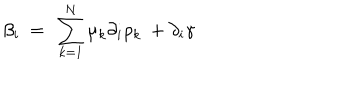
\beta _ { i } \ = \ \sum _ { k = 1 } ^ { N } \mu _ { k } \partial _ { i } \rho _ { k } \ + \partial _ { i } \gamma